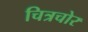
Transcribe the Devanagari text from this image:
चित्रचोर